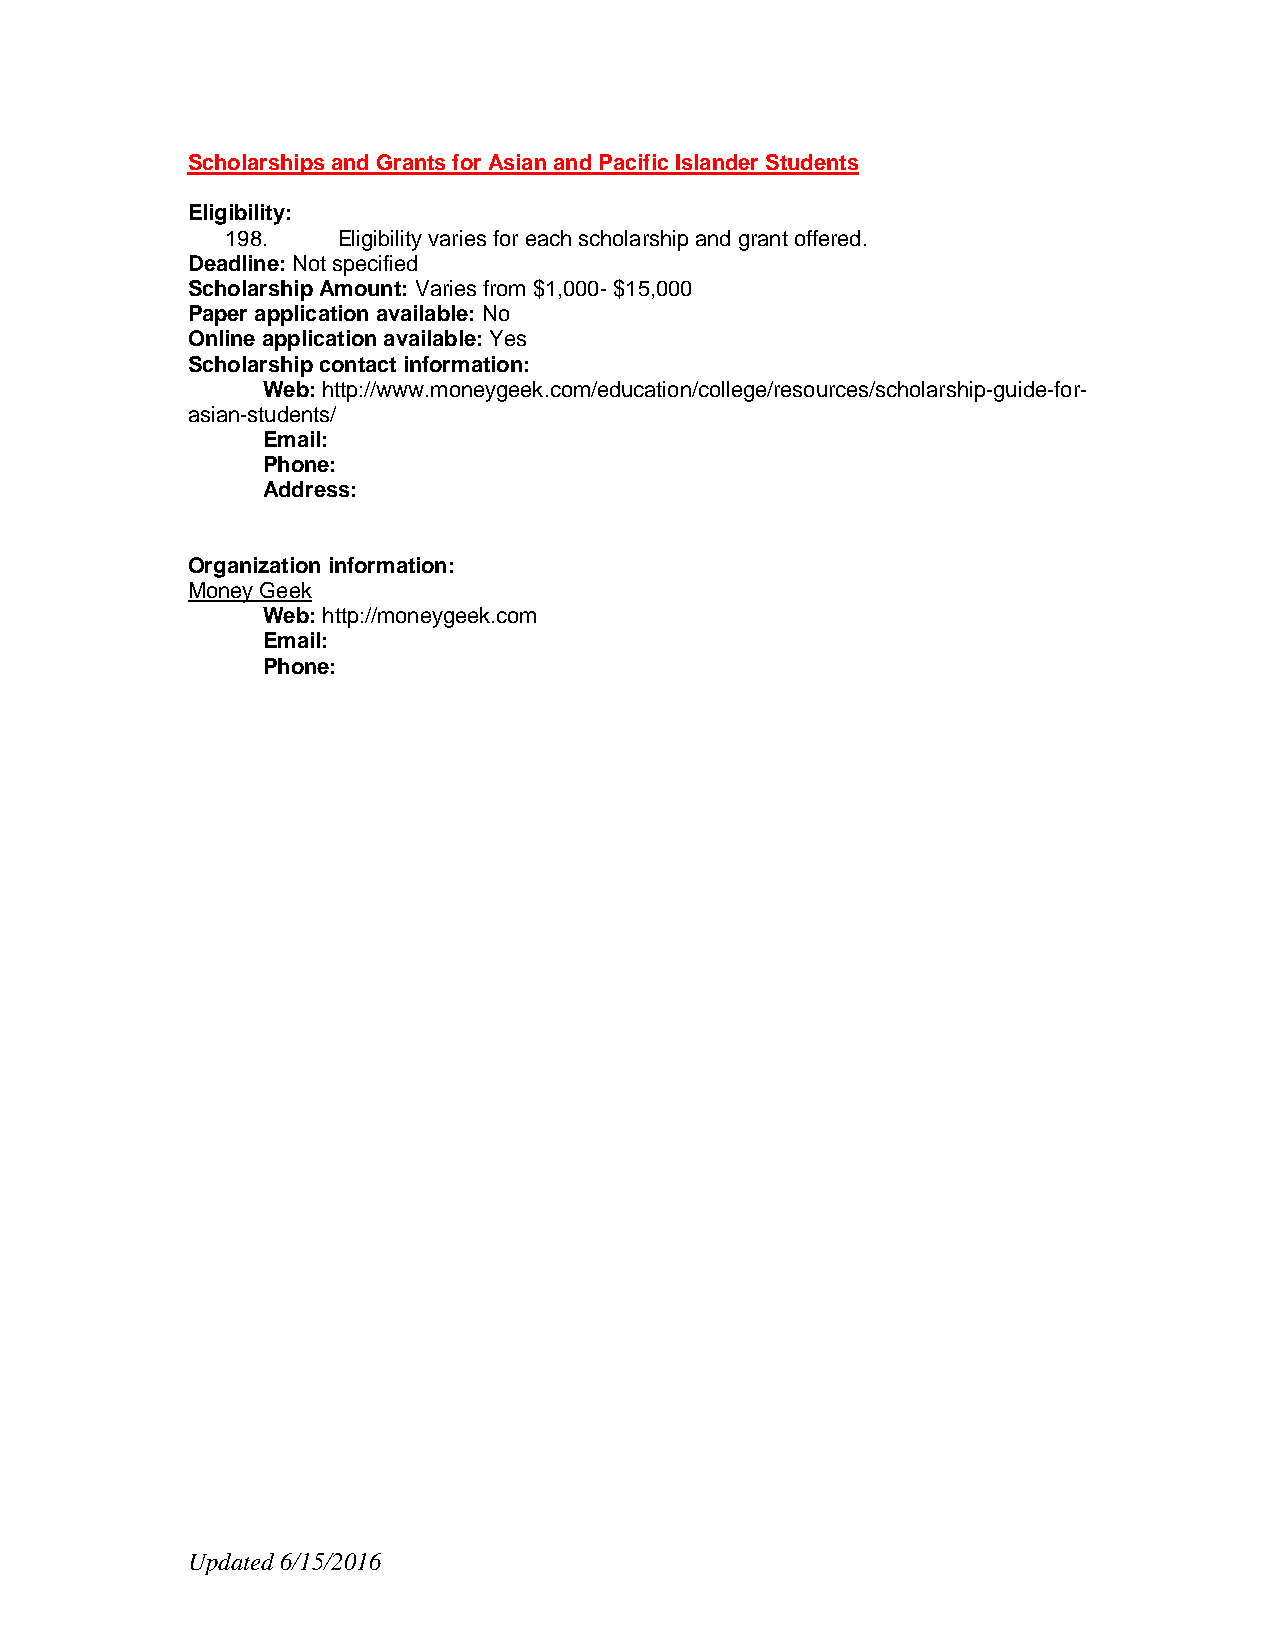
Scholarships and Grants for Asian and Pacific Islander Students
 Eligibility:
 198.   Eligibility varies for each scholarship and grant offered.
 Deadline: Not specified
 Scholarship Amount: Varies from $1,000- $15,000
 Paper application available: No
 Online application available: Yes
 Scholarship contact information:
 Web: http://www.moneygeek.com/education/college/resources/scholarship-guide-for-
 asian-students/
 Email:
 Phone:
 Address:
 Organization information:
 Money Geek
 Web: http://moneygeek.com
 Email:
 Phone:
 Updated 6/15/2016